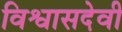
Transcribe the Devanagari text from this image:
विश्वासदेवी